Lunatic asylums Central Provinces reports 1874-1885 - 1874-1885
Year: 1874
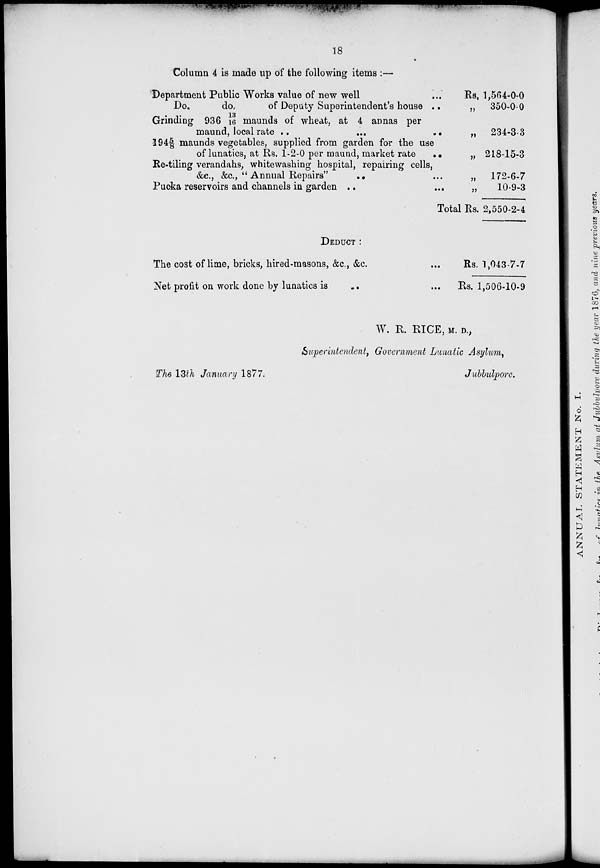
18
Column 4 is made up of the following items :—
Department Public Works value of new well
...
Do.
do.
of Deputy Superintendent's house
...
Grinding 936 13/16 maunds of wheat, at 4 annas per
maund, local rate
...
...
...
19 4 5/8 maunds vegetables, supplied from garden for the use
of lunatics, at Rs. 1-2-0 per maund, market rate
...
Re-tiling verandahs, whitewashing hospital, repairing cells,
&c., &c., " Annual Repairs"
...
...
Pucka reservoirs and channels in garden
...
...
Total
Rs.
„
„
„
„
„
Rs.
1,564-0-0
350-0-0
234-3-3
218-15-3
172-6-7
10-9-3
2,550-2-4
DEDUCT :
The cost of lime, bricks, hired-masons, &c., &c. ...
Net profit on work done by lunatics is ... ...
Rs. 1,043-7-7
Rs. 1,506-10-9
W, R. RICE, M. D.,
Superintendent, Government Lunatic Asylum,
The 13th January 1877.
Jubbulpore.